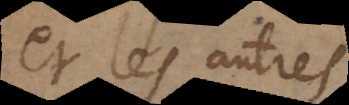
et les autres